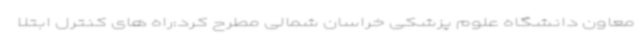
معاون دانشگاه علوم پزشکی خراسان شمالی مطرح کرد:راه های کنترل ابتلا